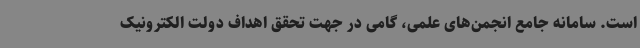
است. سامانه جامع انجمن‌های علمی، گامی در جهت تحقق اهداف دولت الکترونیک